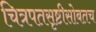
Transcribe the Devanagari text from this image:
चित्रपतसृष्टीसोबतच